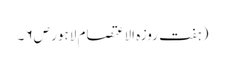
( ہفت روزہ الاعتصام لاہور ص۶ ۔